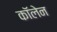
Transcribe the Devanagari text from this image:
कॉलेन